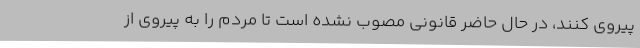
پیروی کنند، در حال حاضر قانونی مصوب نشده است تا مردم را به پیروی از